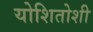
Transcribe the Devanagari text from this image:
योशितोशी